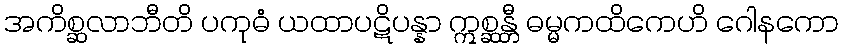
အကိစ္ဆလာဘီတိ ပကုဓံ ယထာပဋိပန္နာ ဣစ္ဆန္တီ ဓမ္မကထိကေဟိ ဂေါနကော